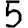
Digit: 5